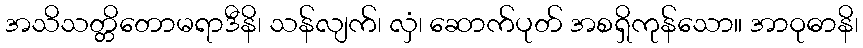
အသိသတ္တိတောမရာဒီနိ၊ သန်လျက်၊ လှံ၊ ဆောက်ပုတ် အစရှိကုန်သော။ အာဝုဓာနိ၊